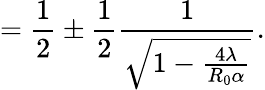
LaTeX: =\frac{1}{2}\pm\frac{1}{2}\frac{1}{\sqrt{1-\frac{4\lambda}{R_{0}\alpha}}}.